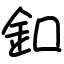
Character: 釦